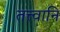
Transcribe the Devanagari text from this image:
तत्त्वानि